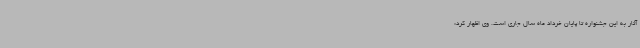
آثار به این جشنواره تا پایان خرداد ماه سال جاری است. وی اظهار کرد: